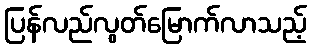
ပြန်လည်လွတ်မြောက်လာသည့်